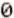
0